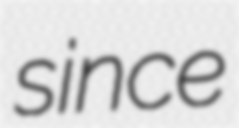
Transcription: since